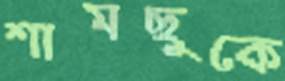
শামছুকে